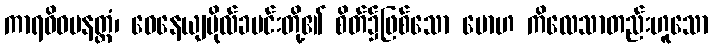
ကာရဝိဓမနတ္ထံ၊ ဝေနေယျဗိုလ်ခပင်းတို့၏ စိတ်၌ဖြစ်သော မောဟ ကိလေသာတည်းဟူသော